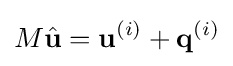
M{\hat {\mathbf {u}}}={\mathbf {u}}^{(i)}+{\mathbf {q}}^{(i)}